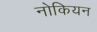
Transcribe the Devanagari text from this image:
नोकियन